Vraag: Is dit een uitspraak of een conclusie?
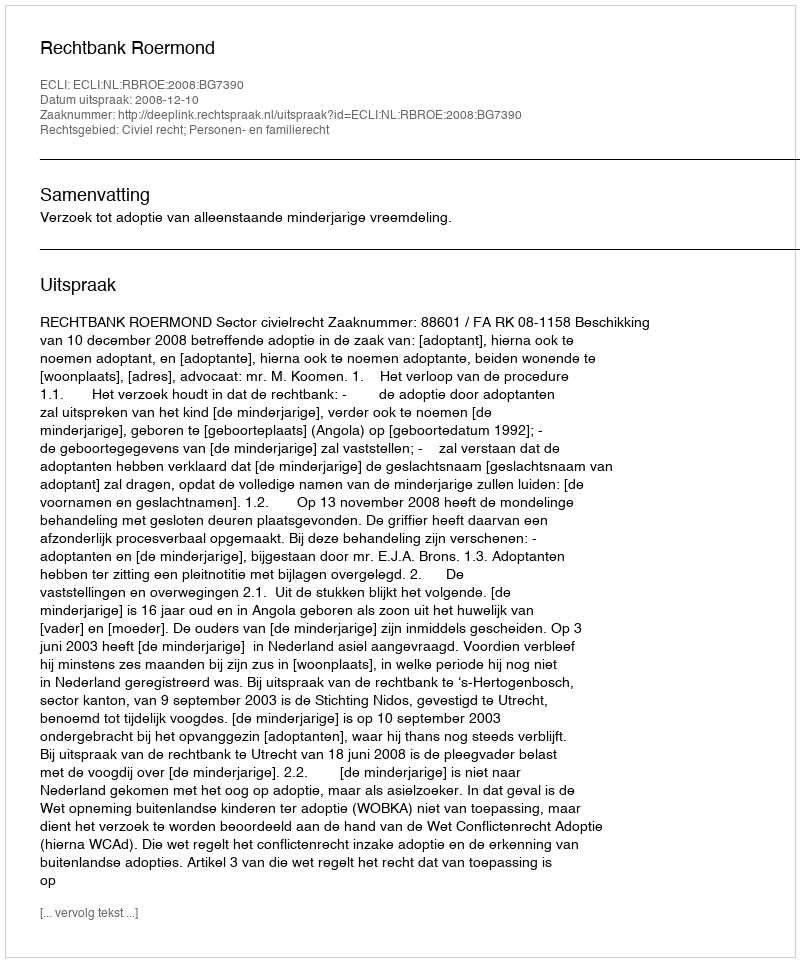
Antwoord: Uitspraak